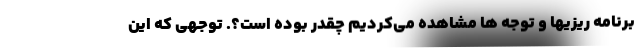
برنامه ریزیها و توجه ها مشاهده می‌کردیم چقدر بوده است؟. توجهی که این